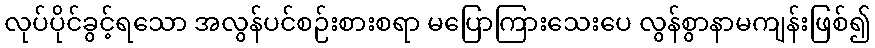
လုပ်ပိုင်ခွင့်ရသော အလွန်ပင်စဉ်းစားစရာ မပြောကြားသေးပေ လွန်စွာနာမကျန်းဖြစ်၍